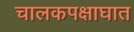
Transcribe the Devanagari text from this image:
चालकपक्षाघात